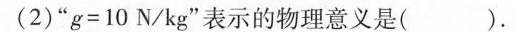
(2)“$$g = 1 0 N / k g$$”表示的物理意义是( ).